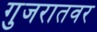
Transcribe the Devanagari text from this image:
गुजरातवर